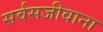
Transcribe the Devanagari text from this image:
सर्वसजीवाना